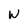
Character: W